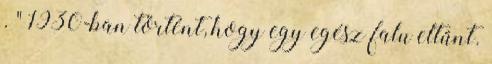
. " 1930-ban történt, hogy egy egész falu eltűnt.